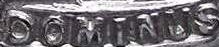
DOMINUS